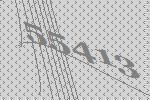
55413